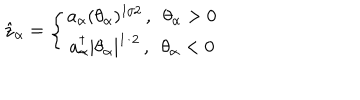
LaTeX: \hat { z } _ { \alpha } = \left\{ \begin{array} { c } { { a _ { \alpha } ( \theta _ { \alpha } ) ^ { 1 / 2 } \, , \enspace \theta _ { \alpha } > 0 } } \\ { { a _ { \alpha } ^ { \dagger } | \theta _ { \alpha } | ^ { 1 / 2 } \, , \enspace \theta _ { \alpha } < 0 } } \\ \end{array} \right.